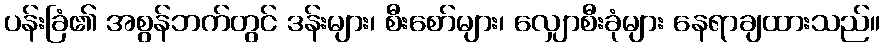
ပန်းခြံ၏ အစွန်ဘက်တွင် ဒန်းများ၊ စီးစော်များ၊ လျှောစီးခုံများ နေရာချထားသည်။